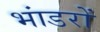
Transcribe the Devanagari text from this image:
भांडरों